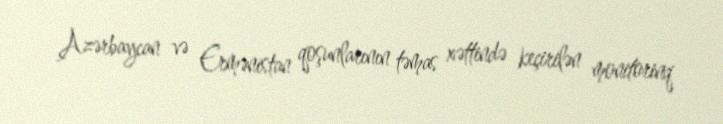
Azərbaycan və Ermənistan qoşunlarının təmas xəttində keçirilən monitorinq